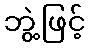
ဘွဲ့ဖြင့်